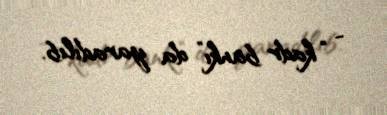
- “kadr bankı” da yaradılıb.